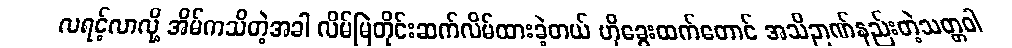
လရင့်လာလို့ အိမ်ကသိတဲ့အခါ လိမ်မြဲတိုင်းဆက်လိမ်ထားခဲ့တယ် ဟိုခွေးထက်တောင် အသိဉာဏ်နည်းတဲ့သတ္တဝါ